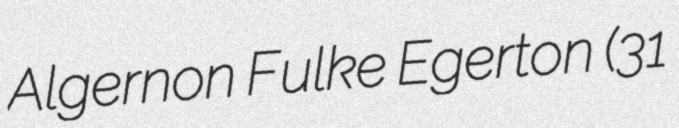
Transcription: Algernon Fulke Egerton (31